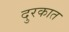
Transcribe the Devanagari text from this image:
दुरकात